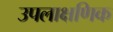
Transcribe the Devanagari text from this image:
उपलाक्षणिक